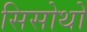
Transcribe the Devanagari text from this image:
सिसोथो